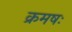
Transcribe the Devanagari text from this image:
क्रमषः